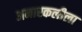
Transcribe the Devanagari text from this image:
अनारकलीला